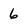
Character: 6